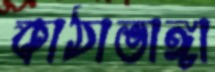
কাঠাভাঙ্গা